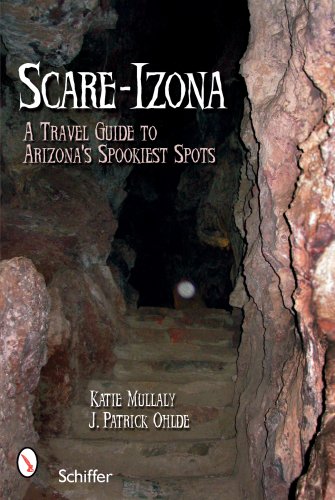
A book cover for Scare-Izona: A Travel Guide to Arizona's Spookiest Spots; Katie Mullaly; Travel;